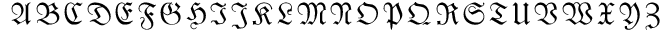
{ \mathfrak { A } } { \mathfrak { B } } { \mathfrak { C } } { \mathfrak { D } } { \mathfrak { E } } { \mathfrak { F } } { \mathfrak { G } } { \mathfrak { H } } { \mathfrak { I } } { \mathfrak { J } } { \mathfrak { K } } { \mathfrak { L } } { \mathfrak { M } } { \mathfrak { N } } { \mathfrak { O } } { \mathfrak { P } } { \mathfrak { Q } } { \mathfrak { R } } { \mathfrak { S } } { \mathfrak { T } } { \mathfrak { U } } { \mathfrak { V } } { \mathfrak { W } } { \mathfrak { X } } { \mathfrak { Y } } { \mathfrak { Z } }